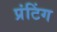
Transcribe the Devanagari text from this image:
प्रंटिंग